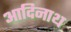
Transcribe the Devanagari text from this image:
आदिनाथ्‍ा